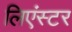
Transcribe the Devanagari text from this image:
लिएंस्टर